Annual report on the health of the army in India
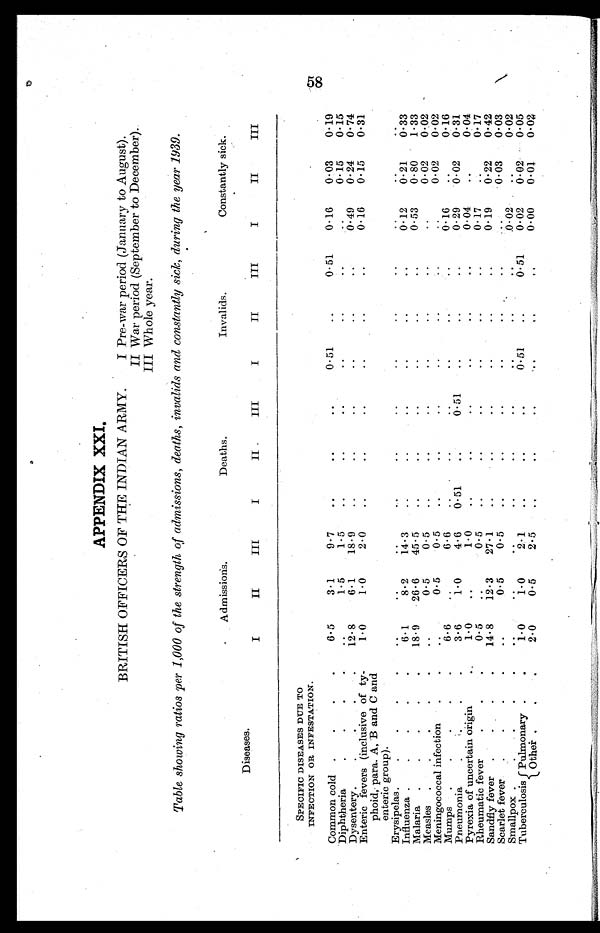
APPENDIX XXI.
BRITISH OFFICERS OF THE INDIAN ARMY.
I Pre-war period (January to August).
II War period (September to December).
III Whole year.
Table showing ratios per 1,000 of the strength of admissions, deaths, invalids and constantly sick, during the year 1939.
Admissions.
Deaths.
Invalids.
Constantly sick.
Diseases.
I
II
III
I
II.
III
I
II
III
I
II
III
SPECIFIC DISEASES DUE TO
INFECTION OR INFESTATION.
Common cold .
.
.
.
6.5
3.1
9.7
..
..
..
0.51
..
0.51
0.16
0.03
0.19
Diphtheria
..
1.5
1.5
..
..
..
..
..
..
..
0.15
0.15
Dysentery.
.
.
.
.
12.8
6.1
18.9
..
. .
..
..
. .
..
0.49
0.24
0.74
Enteric fevers (inclusive of ty
¬phoid, para. A, B and C and
enteric group).
1.0
1.0
2.0
..
..
..
..
..
..
0.16
0.15
0.31
Erysipelas .
.
.
.
.
..
..
..
..
. .
..
. .
..
..
..
..
. .
Influenza .
.
.
.
.
6.1
8.2
14.3
..
. .
..
..
. .
..
0.12
0.21
0.33
Malaria .
.
.
.
.
18.9
26.6
45.5
..
..
..
..
..
..
0.53
0.80
1.33
Measles .
.
.
.
.
..
0.5
0.5
..
..
..
..
. .
..
..
0.02
0.02
Meningococcal infection
.
.
..
0.5
0.5
..
..
..
..
..
..
..
0.02
0.02
Mumps .
.
.
.
.
6.6
..
6.6
. .
. .
..
..
. .
..
0.16
..
0.16
Pneumonia
.
3.6
1.0
4.6
0.51
..
0.51
..
..
..
0.29
0.02
0.31
Pyrexia of uncertain origin
1.0
..
1.0
..
..
..
..
..
..
0.04
..
0.04
Rheumatic fever
.
.
.
0.5
..
0.5
..
..
..
..
..
..
0.17
..
0.17
Sandfly fever .
.
.
.
14.8
12.3
27.1
. .
. .
..
..
. .
..
0.19
0.22
0.42
Scarlet fever .
.
.
.
..
0.5
0.5
..
..
..
..
..
..
. .
0.03
0.03
Smallpox
.
. .
..
..
..
..
..
..
..
..
.0.02
..
0.02
Tuberculosis —Pulmonary
1.0
1.0
2.1
..
..
..
0.51
..
0.51
0.02
0.02
0.05
Other
2.0
0.5
2.5
. .
. .
. .
. .
. .
. .
0.00
0.01
0.02
07